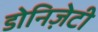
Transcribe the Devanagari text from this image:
डोनिज़ेटी